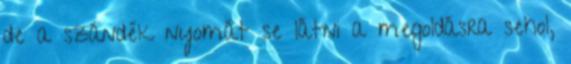
de a szándék nyomát se látni a megoldásra sehol,